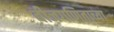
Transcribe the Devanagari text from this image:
बीजगणिताच्या